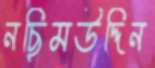
নছিমউদ্দিন